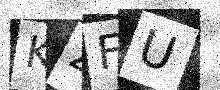
Text: KZFU